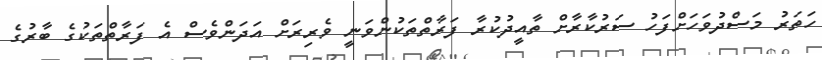
ހަތަރު މަސްދުވަހަށްފަހު ސަރުކާރާށް ތާއީދުކުރާ ފަރާތްތަކުންވަނީ ވެރިރަށް އަދަންވެސް އެ ފަރާތްތަކުގެ ބާރުގެ